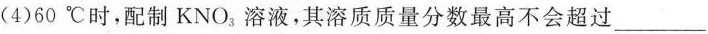
(4)60℃时，配制KNO_{3}，溶液，其溶质质量分数最高不会超过___